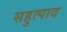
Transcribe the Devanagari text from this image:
सहुत्पाद